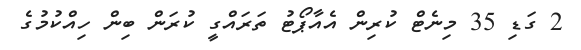
2 ގަޑި 35 މިނެޓް ކުރިން އެއާޕޯޓު ތަރައްގީ ކުރަން ބިން ހިއްކުމުގެ